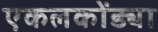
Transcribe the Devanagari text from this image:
एकलकोंड्या